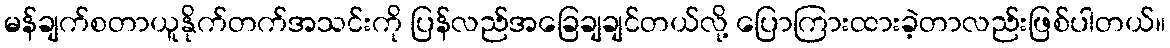
မန်ချက်စတာယူနိုက်တက်အသင်းကို ပြန်လည်အခြေချချင်တယ်လို့ ပြောကြားထားခဲ့တာလည်းဖြစ်ပါတယ်။